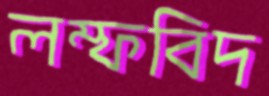
লম্ফবিদ